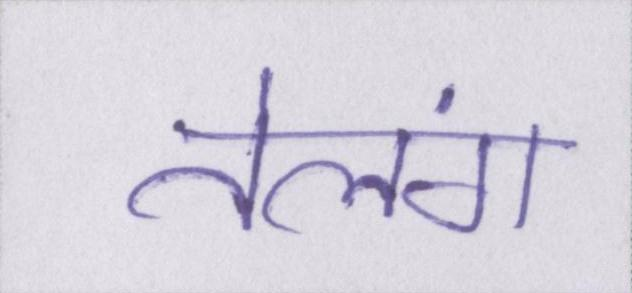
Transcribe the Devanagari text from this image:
तेलंग